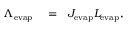
\begin{array} { r l r } { \Lambda _ { \mathrm { e v a p } } } & { { } = } & { J _ { \mathrm { e v a p } } L _ { \mathrm { e v a p } } , } \end{array}